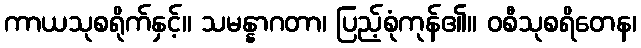
ကာယသုစရိုက်နှင့်။ သမန္နာဂတာ၊ ပြည့်စုံကုန်၏။ ဝစီသုစရိတေန၊